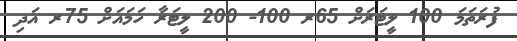
ފުރަތަމަ 100 ލީޓަރަށް 65ރ 100- 200 ލީޓަރާ ހަމައަށް 75ރ އަދި